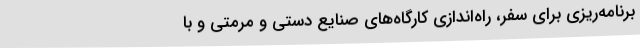
برنامه‌ریزی برای سفر، راه‌اندازی کارگاه‌های صنایع دستی و مرمتی و با